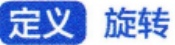
定义 旋转